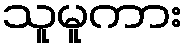
သူမူကား